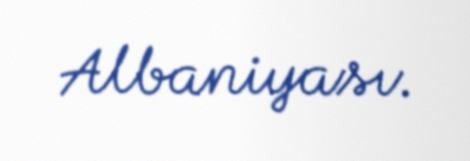
Albaniyası.